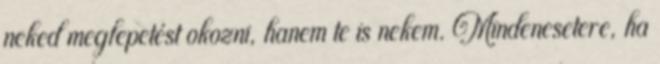
neked meglepetést okozni, hanem te is nekem. Mindenesetere, ha